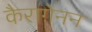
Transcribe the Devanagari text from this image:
कैरागेनन